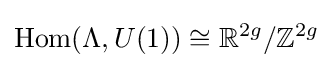
{\text{Hom}}(\Lambda ,U(1))\cong \mathbb {R} ^{2g}/\mathbb {Z} ^{2g}